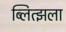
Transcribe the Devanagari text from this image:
ब्लित्झला